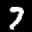
Label: 7